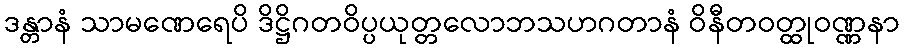
ဒန္တာနံ သာမဏေရေပိ ဒိဋ္ဌိဂတဝိပ္ပယုတ္တလောဘသဟဂတာနံ ဝိနီတဝတ္ထုဝဏ္ဏနာ